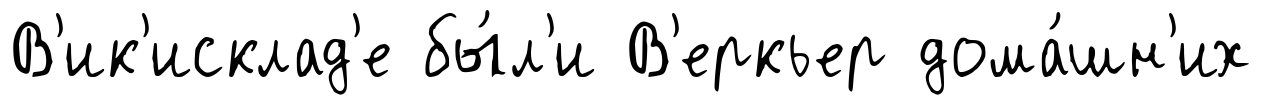
В'ик'исклад'е бы́л'и В'еркьер дома́шн'их